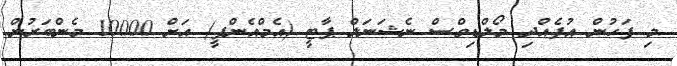
މި ފަހުން އުފެއްދި މޯލްޑިވްސް ނެޝަނަލް ޕާޓީ (އެމްއެންޕީ) އަށް 10000 މެންބަރުން